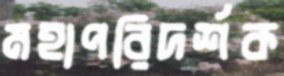
মহাপরিদর্শক